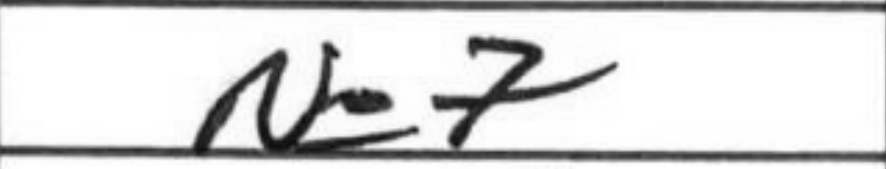
Transcription: Ne7